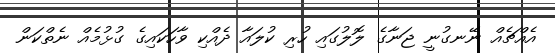
އެއްޗެއް ނޭނގުނީ ޖަނާގެ ލޮލުގައި ހުރި ކުލައާ ދެއްކި ވާހަކައިގެ ގުޅުމެއް ނެތްކަން